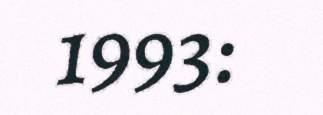
1993: